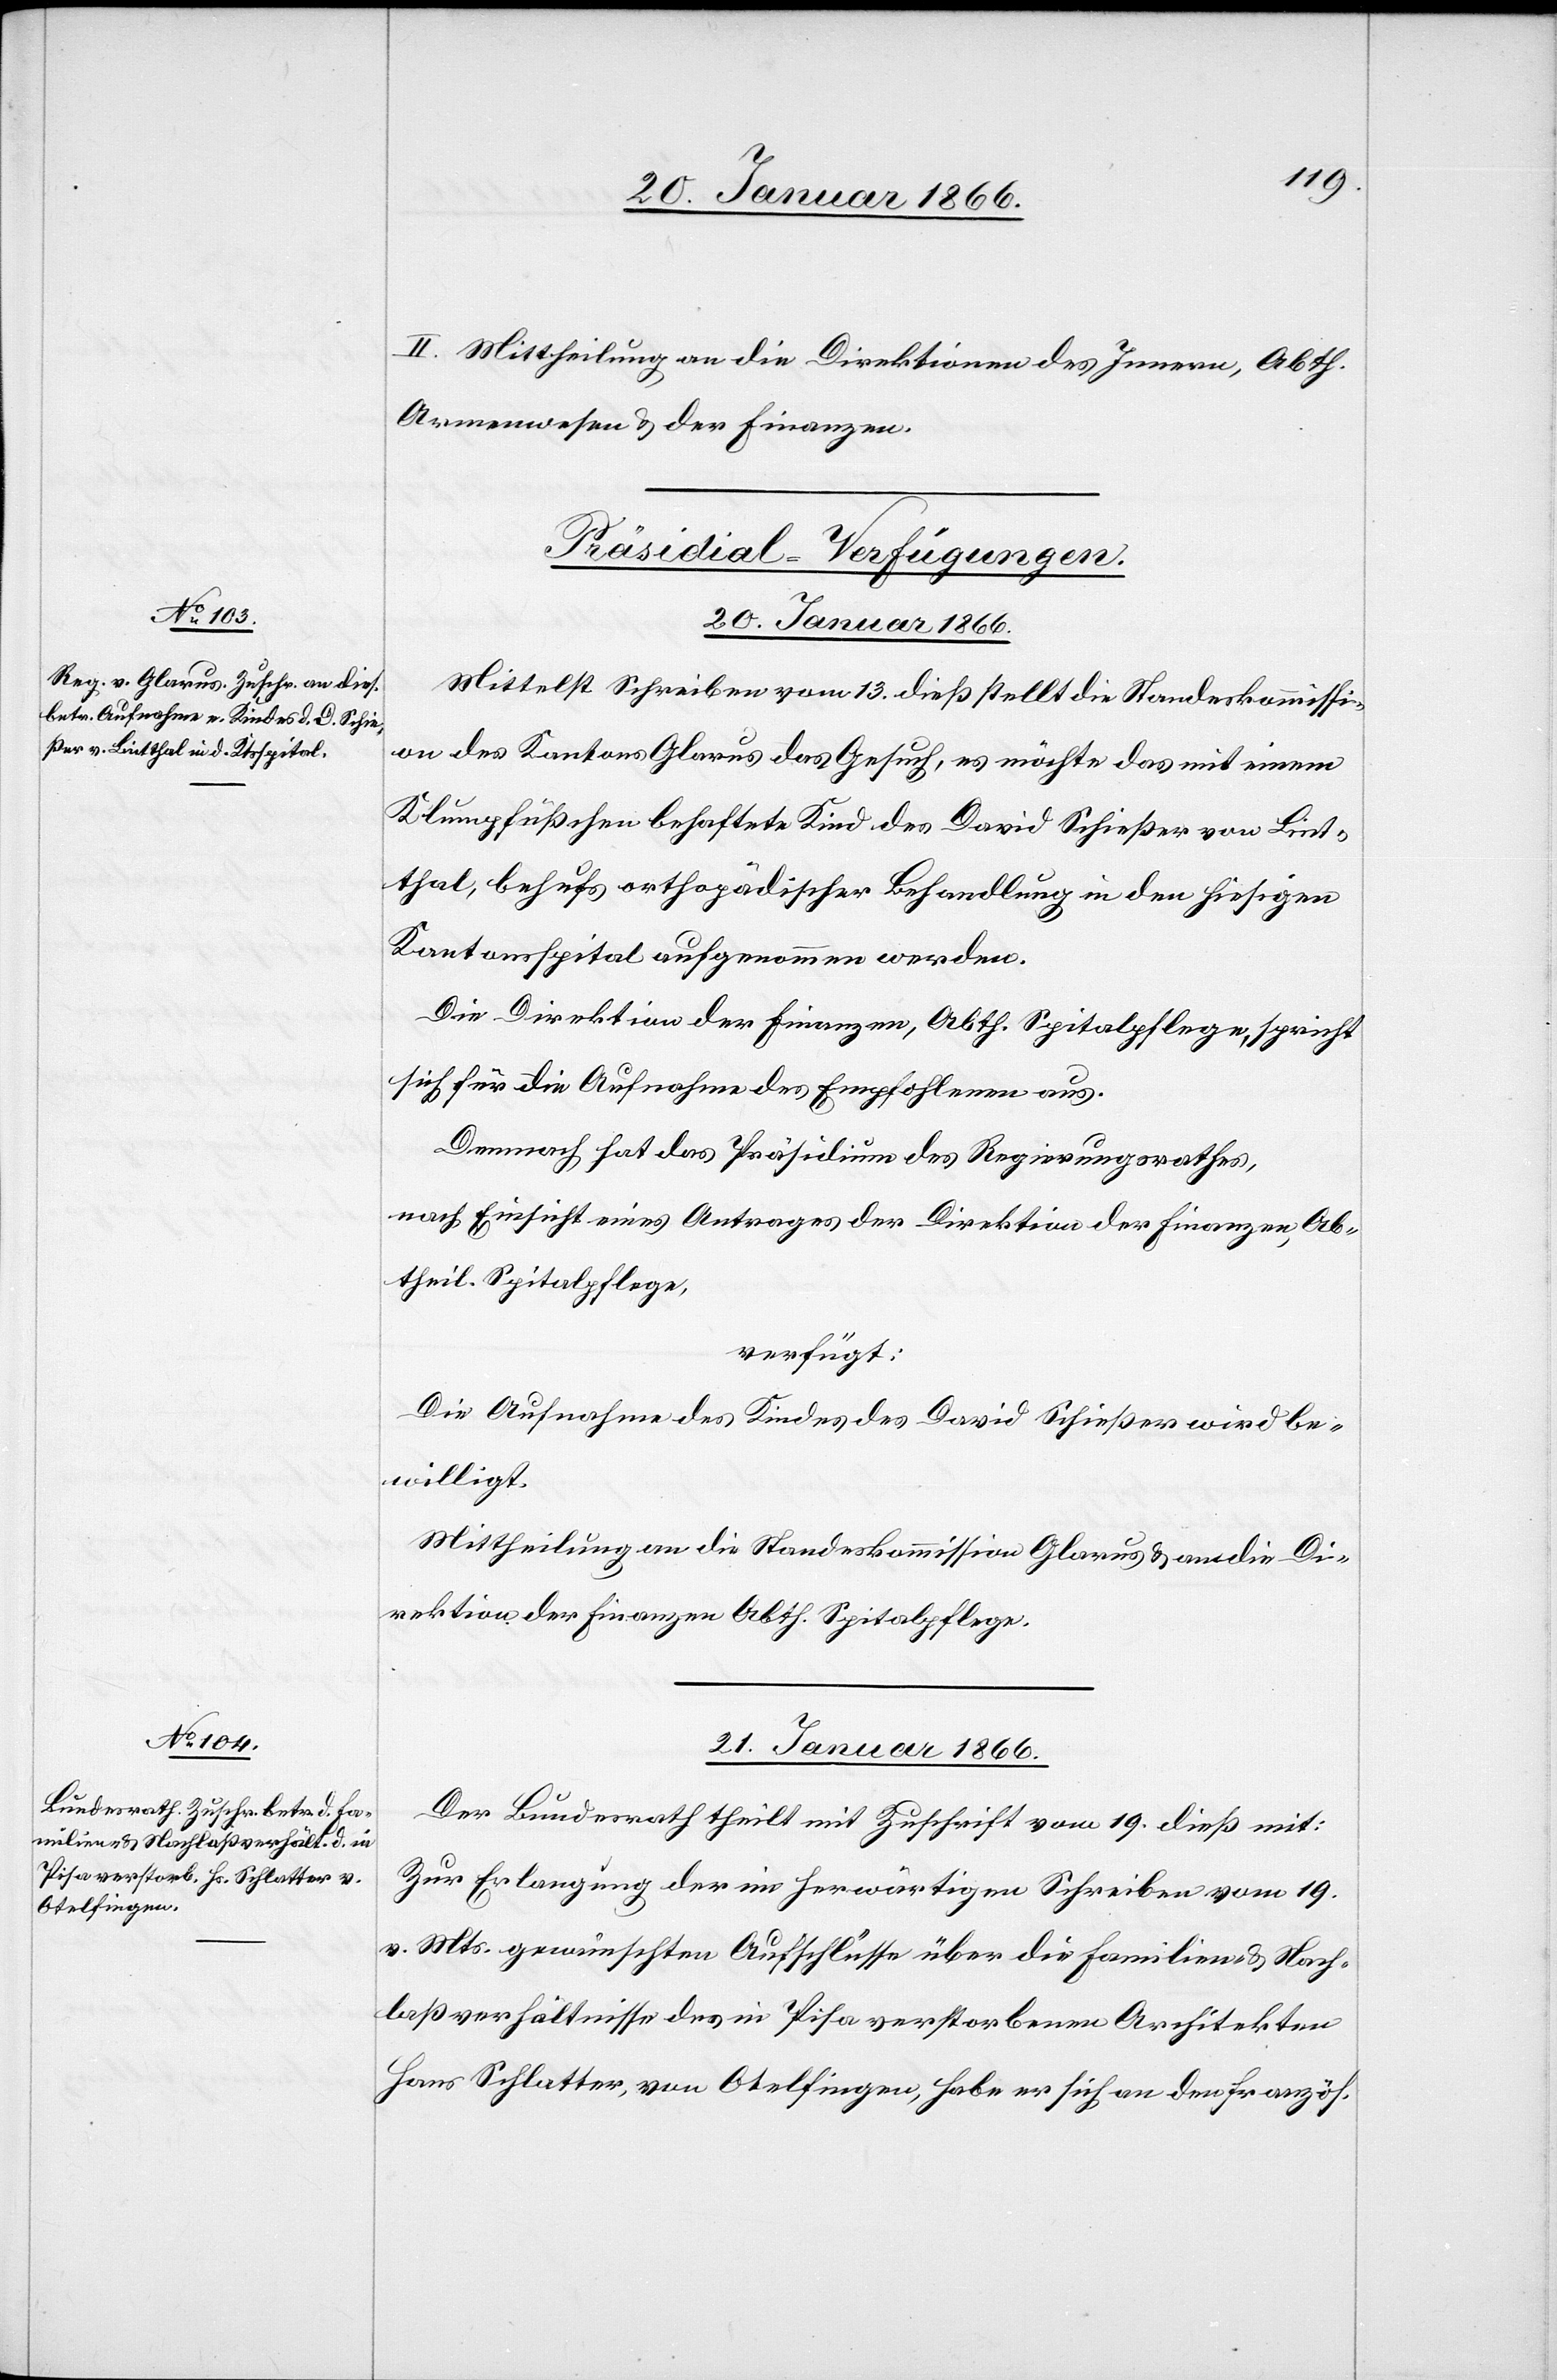
II. Mittheilung an die Direktionen des Innern, Abth.
Armenwesen u. der Finanzen.
[Präsidial-Verfügungen.]
20. Januar 1866.
Mittelst Schreiben vom 13. dieß stellt die Standeskommissi¬
on des Kantons Glarus das Gesuch, es möchte das mit einem
Klumpfüßchen behaftete Kind des David Schießer vom Lint¬
thal, behufs orthopädischer Behandlung in den hiesigen
Kantonsspital aufgenommen werden.
Die Direktion der Finanzen, Abth. Spitalpflege, spricht
sich für die Aufnahme des Empfohlenen aus.
Demnach hat das Präsidium des Regierungsrathes,
nach Einsicht eines Antrages der Direktion der Finanzen, Ab¬
theil. Spitalpflege,
verfügt:
Die Aufnahme des Kindes des David Schießer wird be¬
willigt.
Mittheilung an die Standeskommission Glarus u. an die Di¬
rektion der Finanzen, Abth. Spitalpflege.
21. Januar 1866.
Der Bundesrath theilt mit Zuschrift vom 19. dieß mit:
Zur Erlangung der im herwärtigen Schreiben vom 19.
v. Mts. gewünschten Aufschlusse über die Familien- u. Nach¬
laßverhältnisse des in Pisa verstorbenen Architekten
Hans Schlatter, von Otelfingen, habe er sich an den französ.